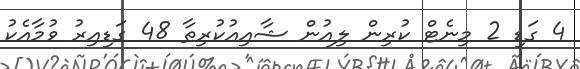
4 ގަޑި 2 މިނެޓް ކުރިން ލިއުން ޝާއިއުކުރިތާ 48 ގަޑިއިރު ވުމާއެކު